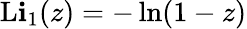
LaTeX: \operatorname{L\mathbf{i}}_{1}(z)=-\ln(1-z)